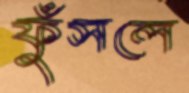
ফুঁসলে